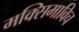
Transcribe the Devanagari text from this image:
मक्सिमाविच